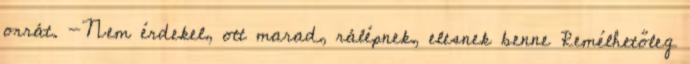
orrát. -Nem érdekel, ott marad, rálépnek, elesnek benne Remélhetőleg